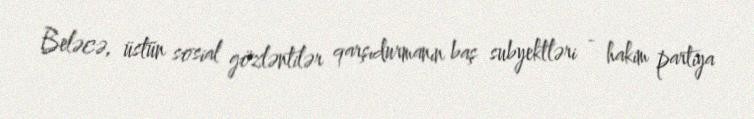
Beləcə, üstün sosial gözləntilər qarşıdurmanın baş subyektləri - hakim partiya